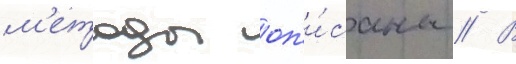
м'етоды оп'и́саны // В